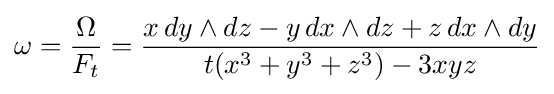
\omega ={\frac {\Omega }{F_{t}}}={\frac {x\,dy\wedge dz-y\,dx\wedge dz+z\,dx\wedge dy}{t(x^{3}+y^{3}+z^{3})-3xyz}}